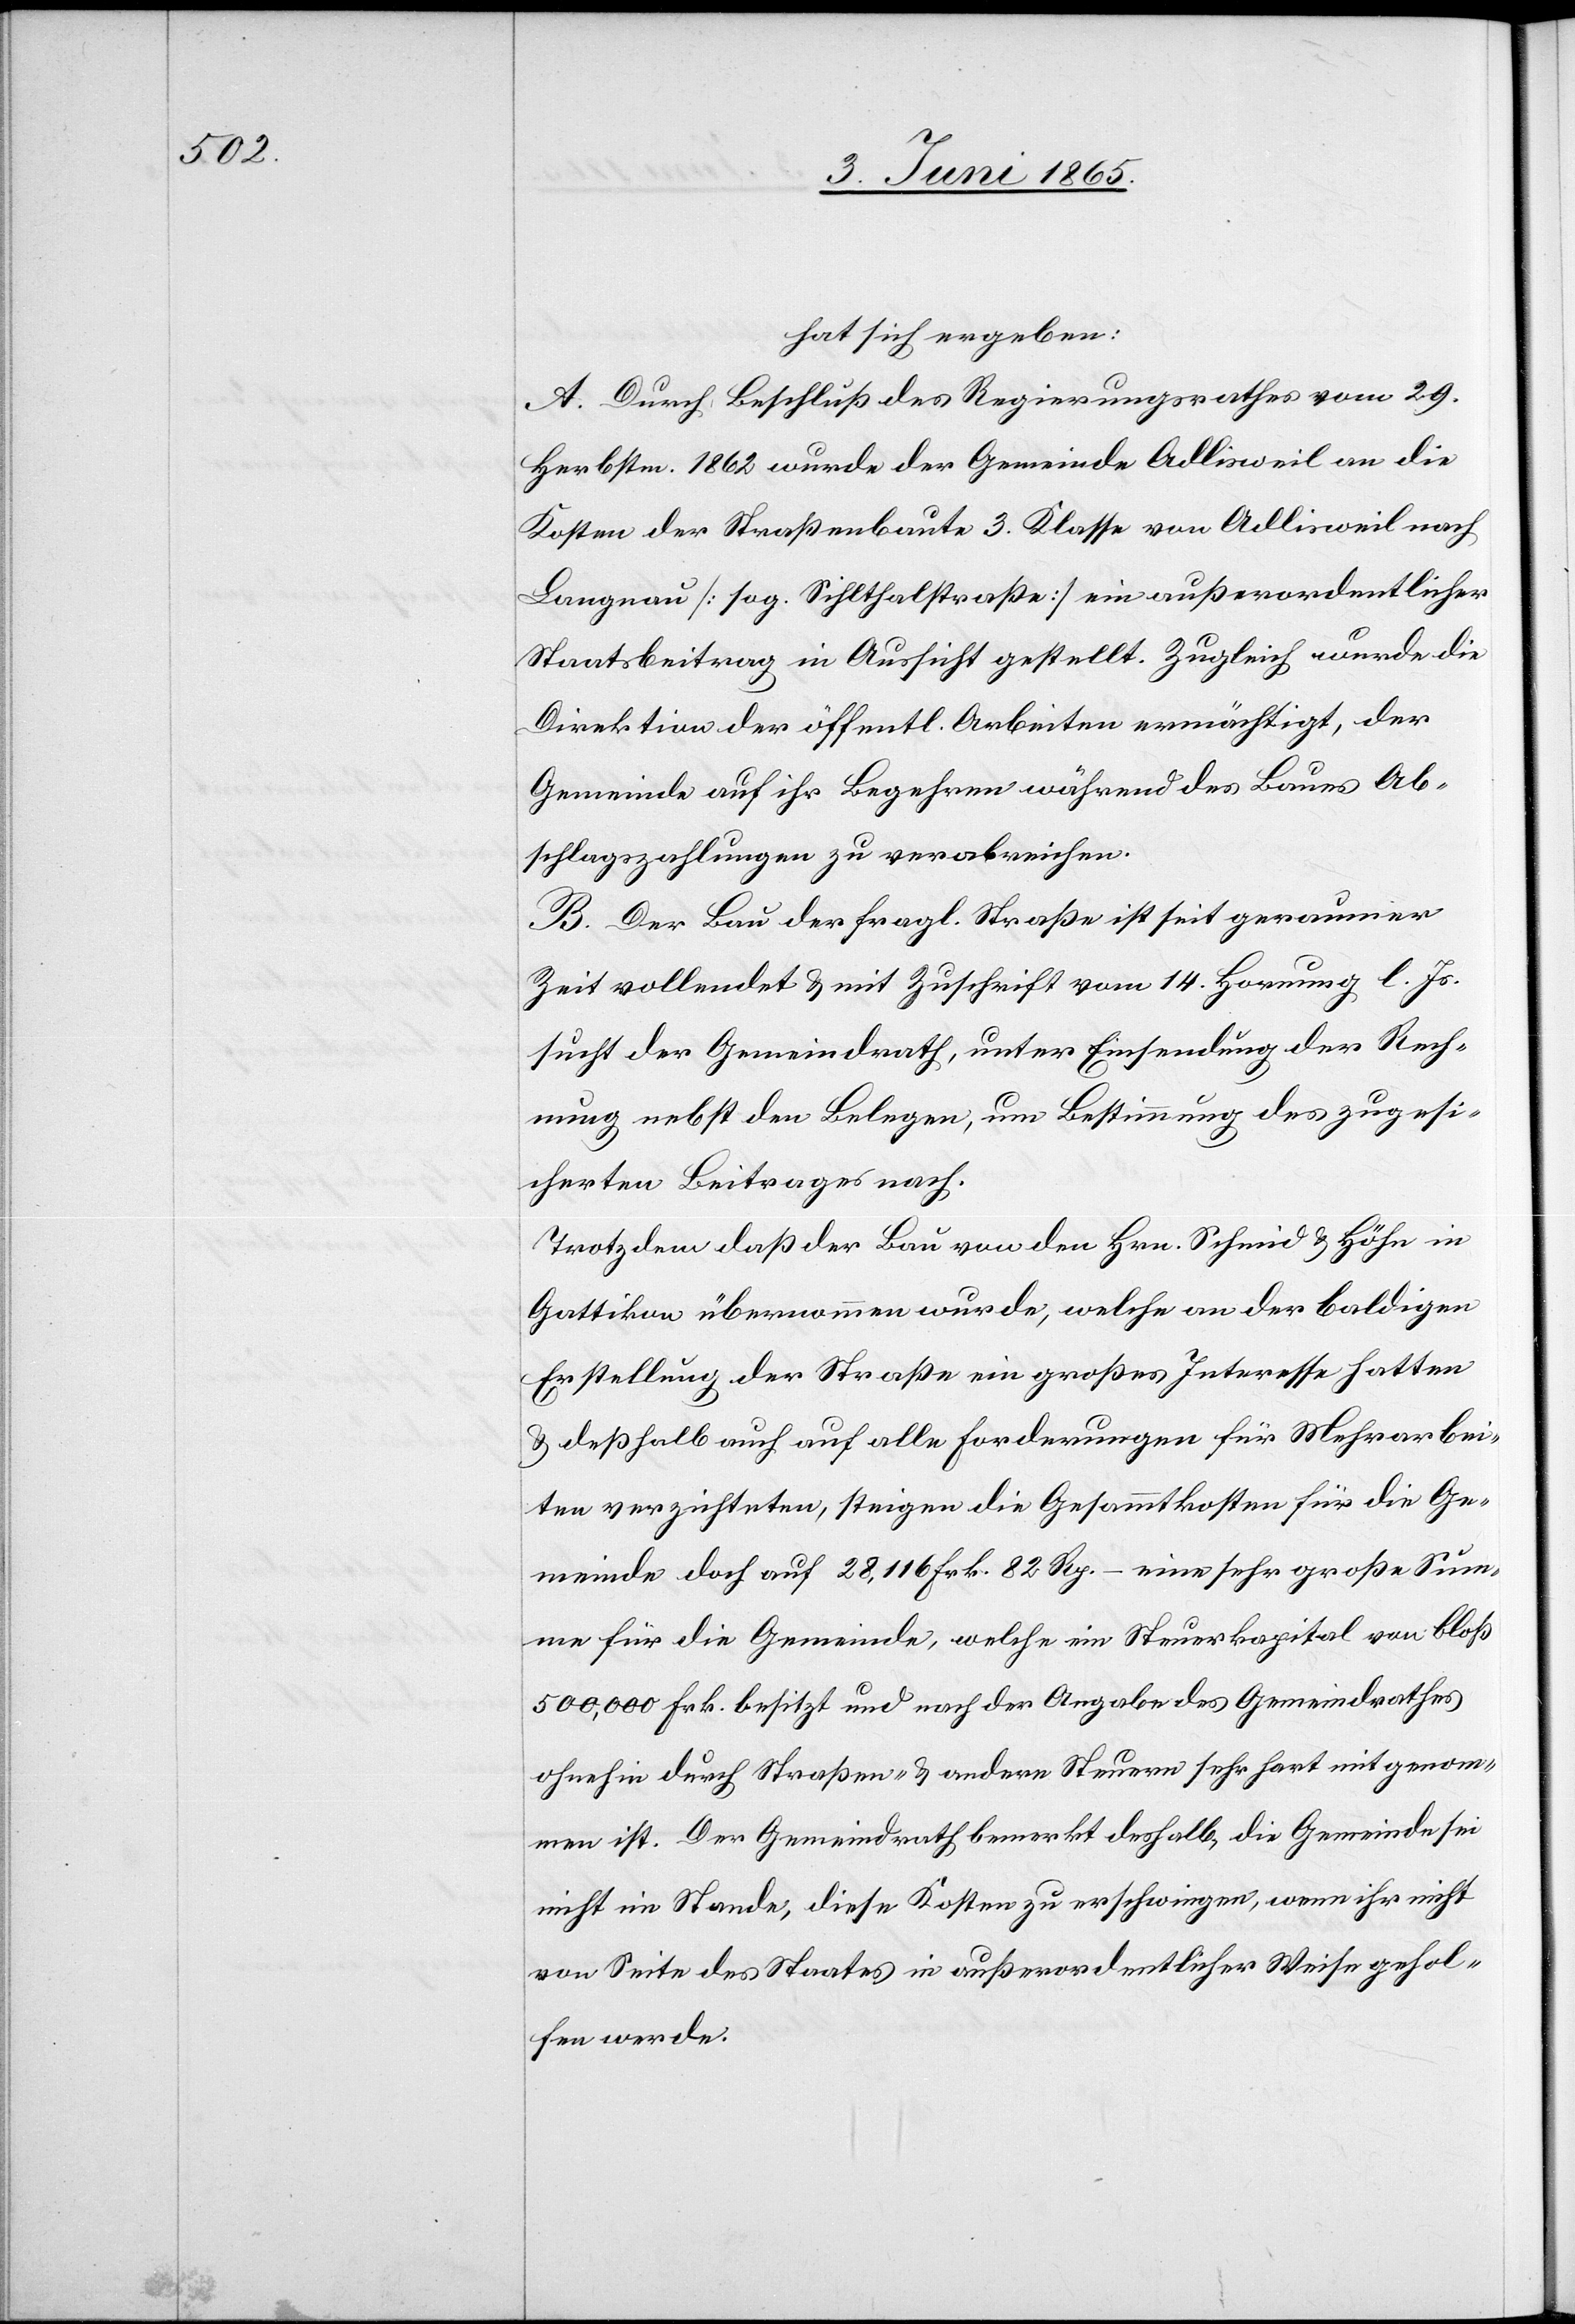
hat sich ergeben:
A. Durch Beschluß des Regierungsrathes vom 29.
Herbstm. 1862 wurde der Gemeinde Adlisweil an die
Kosten der Straßenbaute 3. Klasse von Adlisweil nach
Langnau [sog. Sihlthalstraße] ein außerordentlicher
Staatsbeitrag in Aussicht gestellt. Zugleich wurde die
Direktion der öffentl. Arbeiten ermächtigt, der
Gemeinde auf ihr Begehren während des Baues Ab¬
schlagszahlungen zu verabreichen.
B. Der Bau der fragl. Straße ist seit geraumer
Zeit vollendet & mit Zuschrift vom 14. Hornung l. Js.
sucht der Gemeindrath, unter Einsendung der Rech¬
nung nebst den Belegen, um Bestimmung des zugesi¬
cherten Beitrages nach.
Trotzdem daß der Bau von den Hrn. Schmid & Höhn in
Gattikon übernommen wurde, welche an der baldigen
Erstellung der Straße ein großes Interesse hatten
& deßhalb auch auf alle Forderungen für Mehrarbei¬
ten verzichteten, steigen die Gesammtkosten für die Ge¬
meinde doch auf 28,116 Frk. 82 Rp. – eine sehr große Sum¬
me für die Gemeinde, welche ein Steuerkapital von bloß
500,000 Frk. besitzt und nach der Angabe des Gemeindrathes
ohnehin durch Straßen- & andern Steuern sehr hart mit genom¬
men ist. Der Gemeindrath bemerkt deshalb, die Gemeinde sei
nicht im Stande, diese Kosten zu erschwingen, wenn ihr nicht
von Seite des Staates in außerordentlicher Weise gehol¬
fen werde.